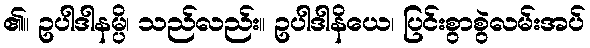
၏။ ဥပါဒါနမ္ပိ၊ သည်လည်း။ ဥပါဒါနိယေ၊ ပြင်းစွာစွဲလမ်းအပ်